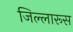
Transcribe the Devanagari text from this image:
जिल्लारूस